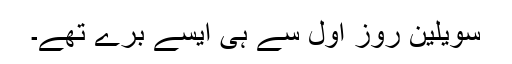
سویلین روز اول سے ہی ایسے برے تھے۔